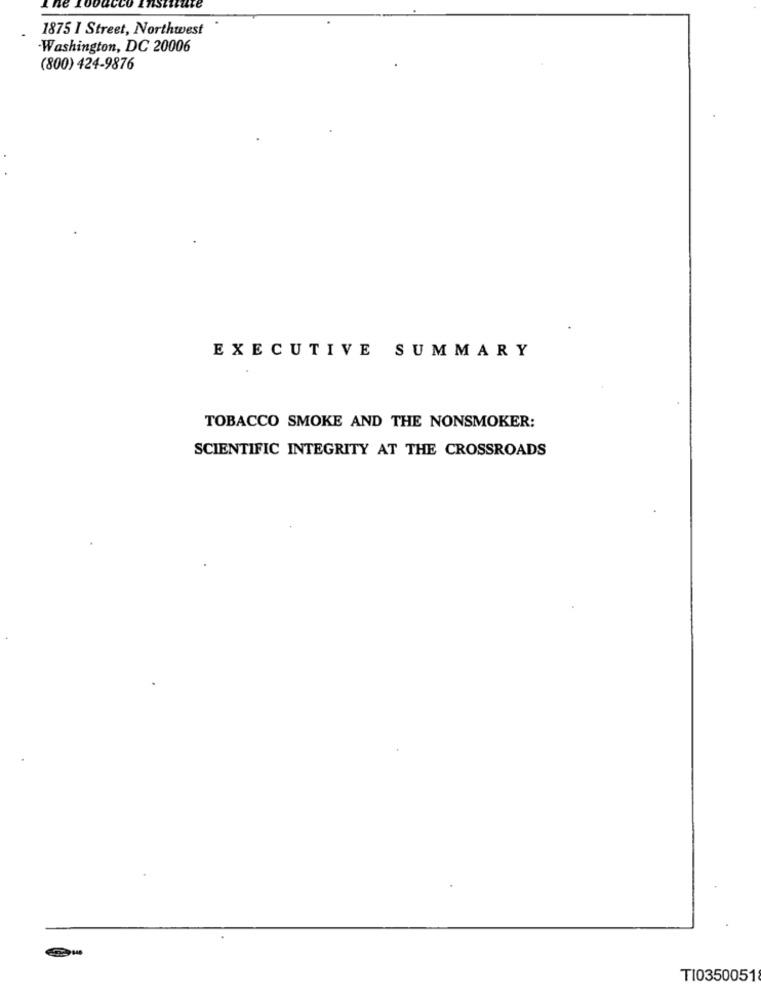
1875 I Street, Northwest
Washington, DC 20006
(800) 424-9876
EXECUTIVE SUMMARY
TOBACCO SMOKE AND THE NONSMOKER:
SCIENTIFIC INTEGRITY AT THE CROSSROADS
TI0350051